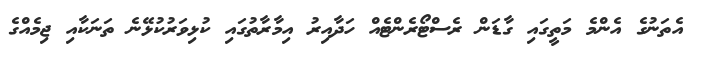
އެތަނުގެ އެންމެ މަތީގައި ގާޑަން ރެސްޓޯރެންޓެއް ހަދާއިރު އިމާރާތުގައި ކުޅިވަރުކުޅޭނެ ތަނަކާއި ޖިމެއްގެ